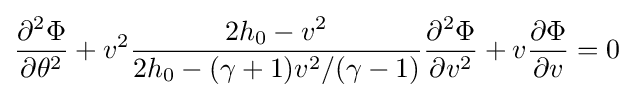
{\frac {\partial ^{2}\Phi }{\partial \theta ^{2}}}+v^{2}{\frac {2h_{0}-v^{2}}{2h_{0}-(\gamma +1)v^{2}/(\gamma -1)}}{\frac {\partial ^{2}\Phi }{\partial v^{2}}}+v{\frac {\partial \Phi }{\partial v}}=0